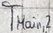
Text: TMain,2